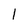
Character: l